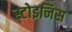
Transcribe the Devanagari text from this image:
स्टोइनिस